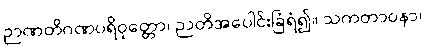
ဉာဏတိဂဏပရိဝုတ္တော၊ ဉာတိအပေါင်းခြံရံ၍။ သကတာဝနာ၊